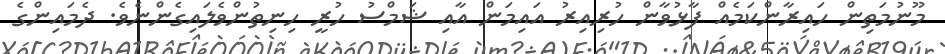
މޫނުމަތިން ހައިރާންކަމެއް ފާޅުވާން ހުރިއިރު އައިމަން އާއި ޝަމްސު ހުރީ ހިނިތުންވެލައިގެންނެވެ. ދެމައިންގެ